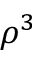
\rho ^ { 3 }